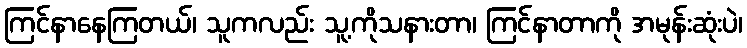
ကြင်နာနေကြတယ်၊ သူကလည်း သူ့ကိုသနားတာ၊ ကြင်နာတာကို အမုန်းဆုံးပဲ၊